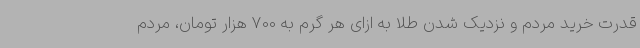
قدرت خرید مردم و نزدیک شدن طلا به ازای هر گرم به 700 هزار تومان، مردم